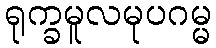
ရုက္ခမူလမုပဂမ္မ